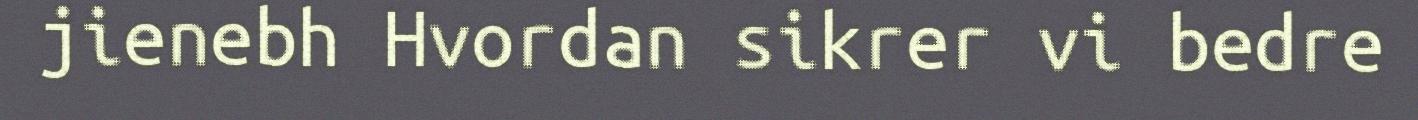
jienebh Hvordan sikrer vi bedre